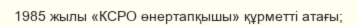
1985 жылы «КСРО өнертапқышы» құрметті атағы;